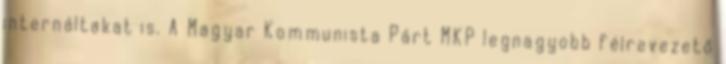
internáltakat is. A Magyar Kommunista Párt MKP legnagyobb félrevezető